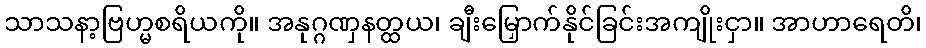
သာသနာ့ဗြဟ္မစရိယကို။ အနုဂ္ဂဏှနတ္ထယ၊ ချီးမြှောက်နိုင်ခြင်းအကျိုးငှာ။ အာဟာရေတိ၊